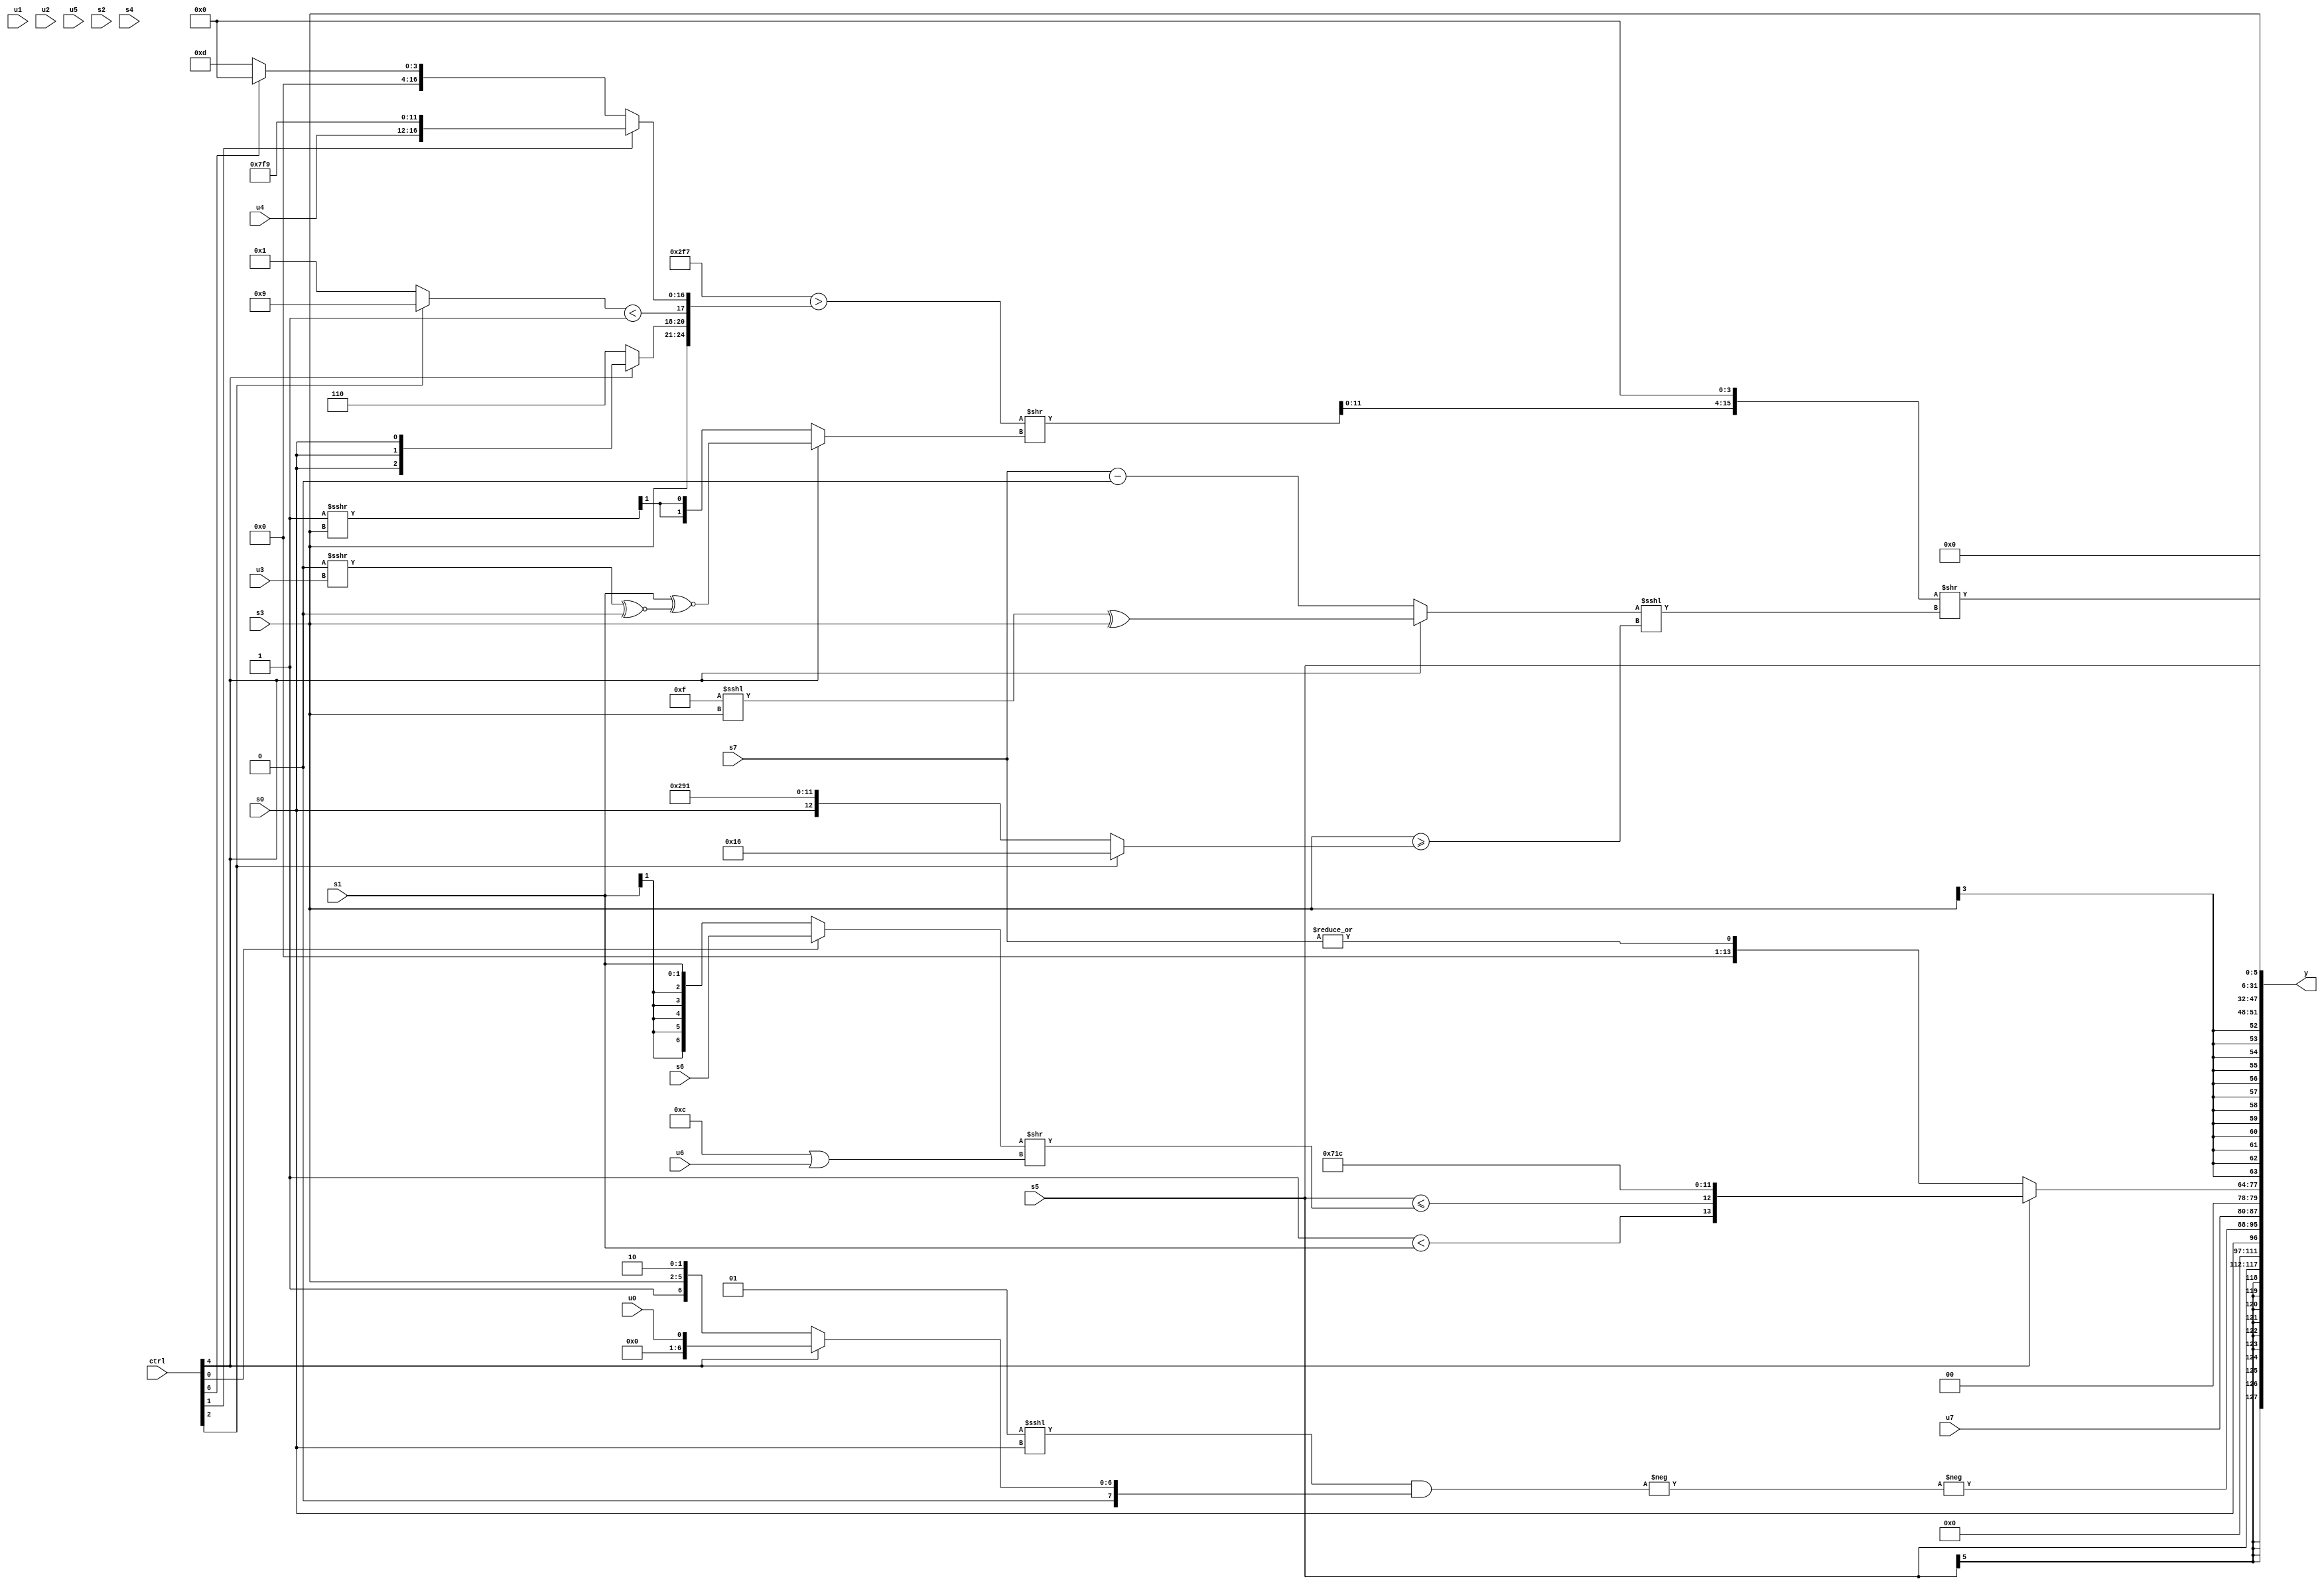
module wideexpr_00773(ctrl, u0, u1, u2, u3, u4, u5, u6, u7, s0, s1, s2, s3, s4, s5, s6, s7, y);
  input [7:0] ctrl;
  input [0:0] u0;
  input [1:0] u1;
  input [2:0] u2;
  input [3:0] u3;
  input [4:0] u4;
  input [5:0] u5;
  input [6:0] u6;
  input [7:0] u7;
  input signed [0:0] s0;
  input signed [1:0] s1;
  input signed [2:0] s2;
  input signed [3:0] s3;
  input signed [4:0] s4;
  input signed [5:0] s5;
  input signed [6:0] s6;
  input signed [7:0] s7;
  output [127:0] y;
  wire [15:0] y0;
  wire [15:0] y1;
  wire [15:0] y2;
  wire [15:0] y3;
  wire [15:0] y4;
  wire [15:0] y5;
  wire [15:0] y6;
  wire [15:0] y7;
  assign y = {y0,y1,y2,y3,y4,y5,y6,y7};
  assign y0 = s5;
  assign y1 = $unsigned($signed(s0));
  assign y2 = $signed({-(-(({1{(3'sb001)<<<(s0)}})&((ctrl[4]?(u0)&(u0):{4'sb1101,s3,2'sb10})))),u7});
  assign y3 = $unsigned((ctrl[4]?{$signed(($signed(s3))<<(s6)),(ctrl[4]?(1'sb1)<(s1):4'b1000),(s5)<=(((ctrl[0]?s6:s1))>>((5'sb01100)|(u6))),{1{$signed({2{6'sb011100}})}}}:|(s7)));
  assign y4 = $signed(s3);
  assign y5 = ((($signed(({2{5'b10111}})>({s3,((ctrl[4]?s0:3'sb110))<<(1'sb0),((ctrl[2]?5'sb01001:2'sb01))<((1'b1)&(4'sb1011)),(ctrl[1]?{u4,5'sb01111,5'sb11110,2'b01}:(ctrl[6]?1'b0:4'b1101))})))>>($signed((ctrl[4]?($signed(s1))^~(((1'sb0)>>>(u3))^~(2'sb00)):(((1'sb1)>>>(3'sb101))>>>({s3}))>>>(+((2'b01)<(5'b01011)))))))<<<($unsigned(+((1'sb0)|(4'b0100)))))>>(((ctrl[4]?(((5'sb01111)>>>((2'sb00)&(6'sb001111)))<<<(s3))^(s3):(s7)-(-(-(((u4)<<<(4'sb1100))>>((3'sb101)+(4'sb0100)))))))<<<(-(((s3)>>>((((ctrl[6]?u2:s0))>>(3'b101))<<<($signed(1'sb0))))>=((ctrl[2]?5'sb10110:{-(s0),6'b001010,$unsigned(6'sb010001)})))));
  assign y6 = ((s3)^(-(6'sb010111)))>>((3'b110)^~({3{(($signed(3'sb100))&(1'sb1))<<<(1'sb1)}}));
  assign y7 = $unsigned(s5);
endmodule